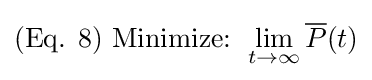
({\text{Eq. }}8){\text{ }}{\text{Minimize: }}\lim _{t\rightarrow \infty }{\overline {P}}(t)